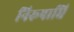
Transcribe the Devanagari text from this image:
निरूपाधि